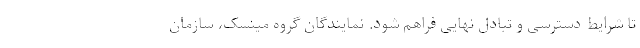
تا شرایط دسترسی و تبادل نهایی فراهم شود. نمایندگان گروه مینسک، سازمان